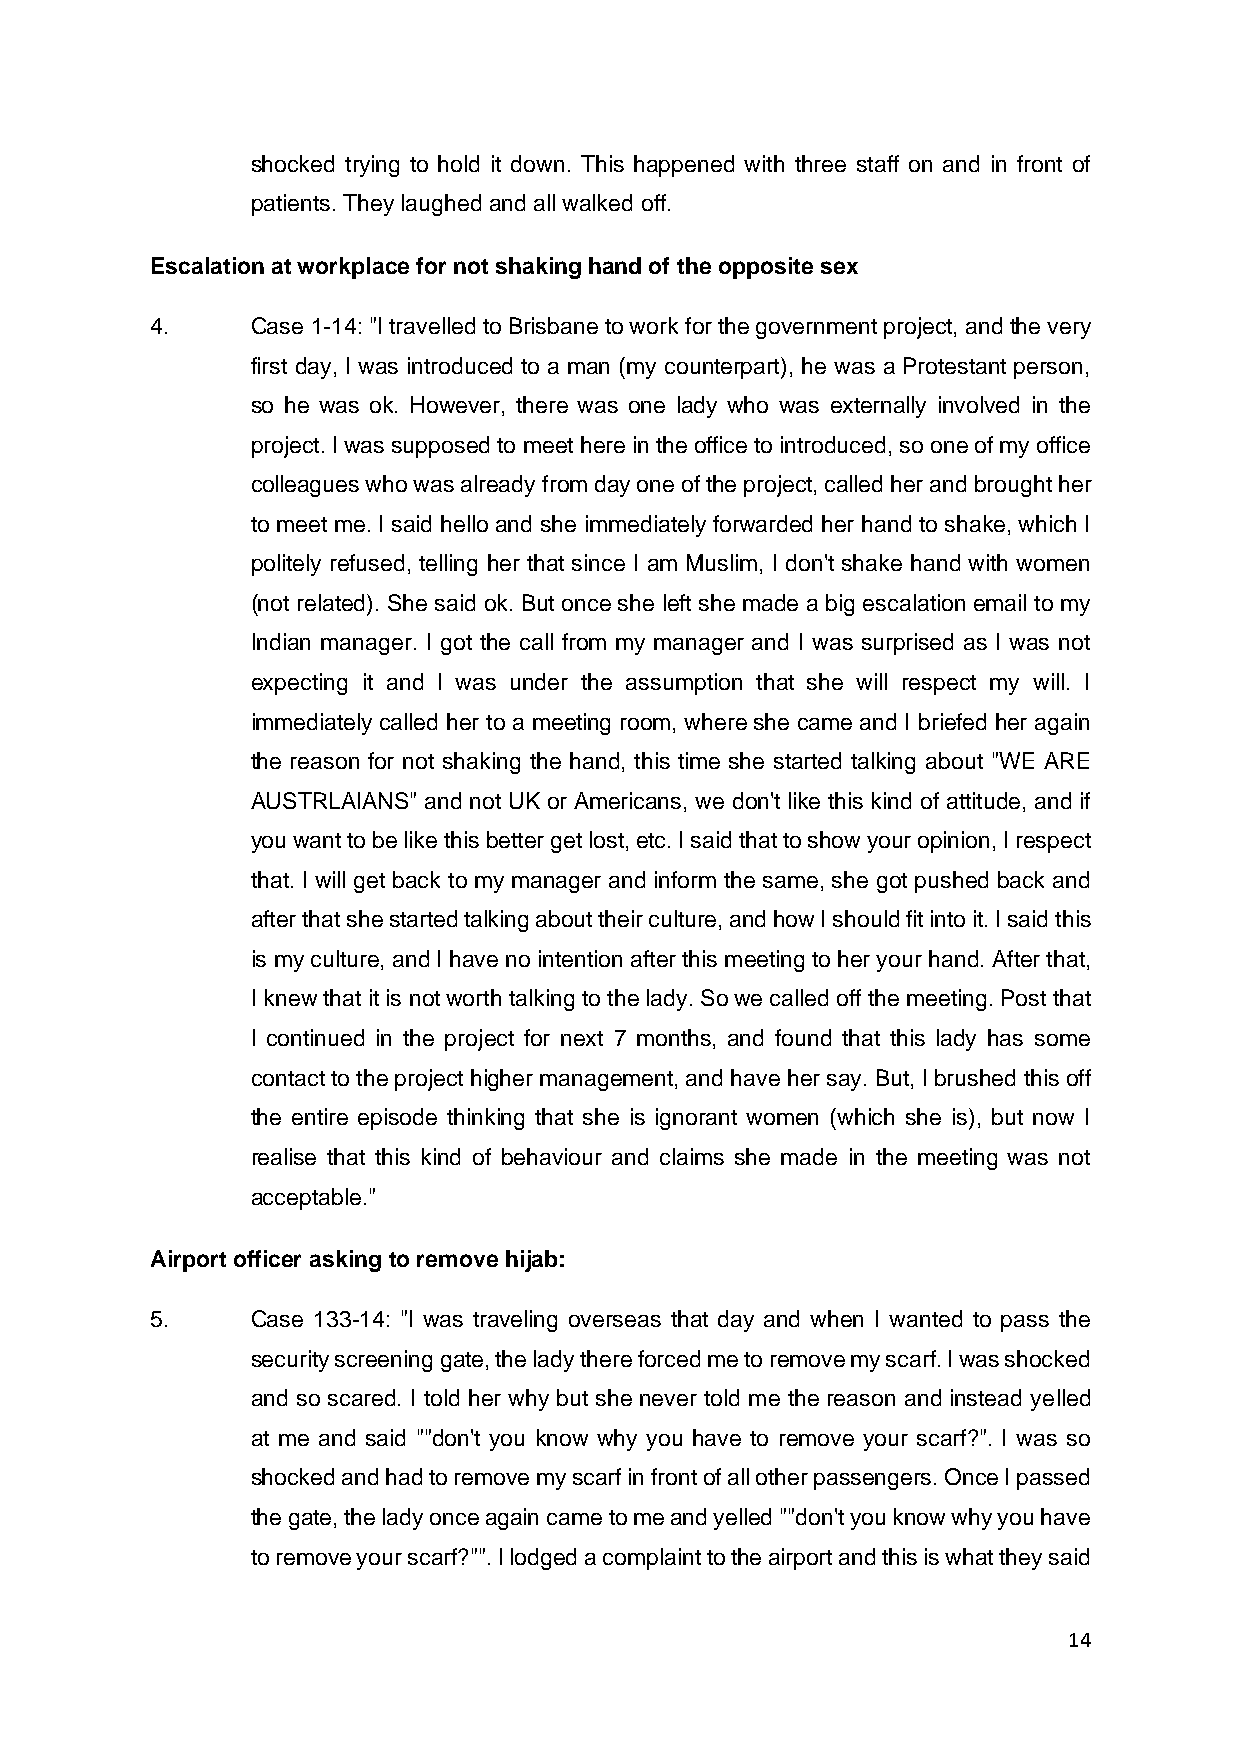
shocked trying to hold it down. This happened with three staff on and in front of
 patients. They laughed and all walked off.
 Escalation at workplace for not shaking hand of the opposite sex
 4.     Case 1-14: "I travelled to Brisbane to work for the government project, and the very
 first day, I was introduced to a man (my counterpart), he was a Protestant person,
 so he was ok. However, there was one lady who was externally involved in the
 project. I was supposed to meet here in the office to introduced, so one of my office
 colleagues who was already from day one of the project, called her and brought her
 to meet me. I said hello and she immediately forwarded her hand to shake, which I
 politely refused, telling her that since I am Muslim, I don't shake hand with women
 (not related). She said ok. But once she left she made a big escalation email to my
 Indian manager. I got the call from my manager and I was surprised as I was not
 expecting it and I was under the assumption that she will respect my will. I
 immediately called her to a meeting room, where she came and I briefed her again
 the reason for not shaking the hand, this time she started talking about "WE ARE
 AUSTRLAIANS" and not UK or Americans, we don't like this kind of attitude, and if
 you want to be like this better get lost, etc. I said that to show your opinion, I respect
 that. I will get back to my manager and inform the same, she got pushed back and
 after that she started talking about their culture, and how I should fit into it. I said this
 is my culture, and I have no intention after this meeting to her your hand. After that,
 I knew that it is not worth talking to the lady. So we called off the meeting. Post that
 I continued in the project for next 7 months, and found that this lady has some
 contact to the project higher management, and have her say. But, I brushed this off
 the entire episode thinking that she is ignorant women (which she is), but now I
 realise that this kind of behaviour and claims she made in the meeting was not
 acceptable."
 Airport officer asking to remove hijab:
 5.     Case 133-14: "I was traveling overseas that day and when I wanted to pass the
 security screening gate, the lady there forced me to remove my scarf. I was shocked
 and so scared. I told her why but she never told me the reason and instead yelled
 at me and said ""don't you know why you have to remove your scarf?". I was so
 shocked and had to remove my scarf in front of all other passengers. Once I passed
 the gate, the lady once again came to me and yelled ""don't you know why you have
 to remove your scarf?"". I lodged a complaint to the airport and this is what they said
 14